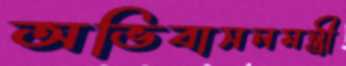
অভিবাসনমন্ত্রী